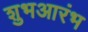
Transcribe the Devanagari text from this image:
शुभआरंभ